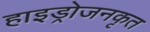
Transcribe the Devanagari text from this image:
हाइड्रोजनकृत